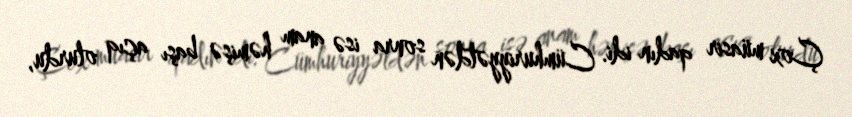
Çox müasir qadın idi. Cümhuriyyətdən sonra isə anam həmişə başı açıq olurdu,